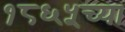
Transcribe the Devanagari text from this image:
१८६५च्या